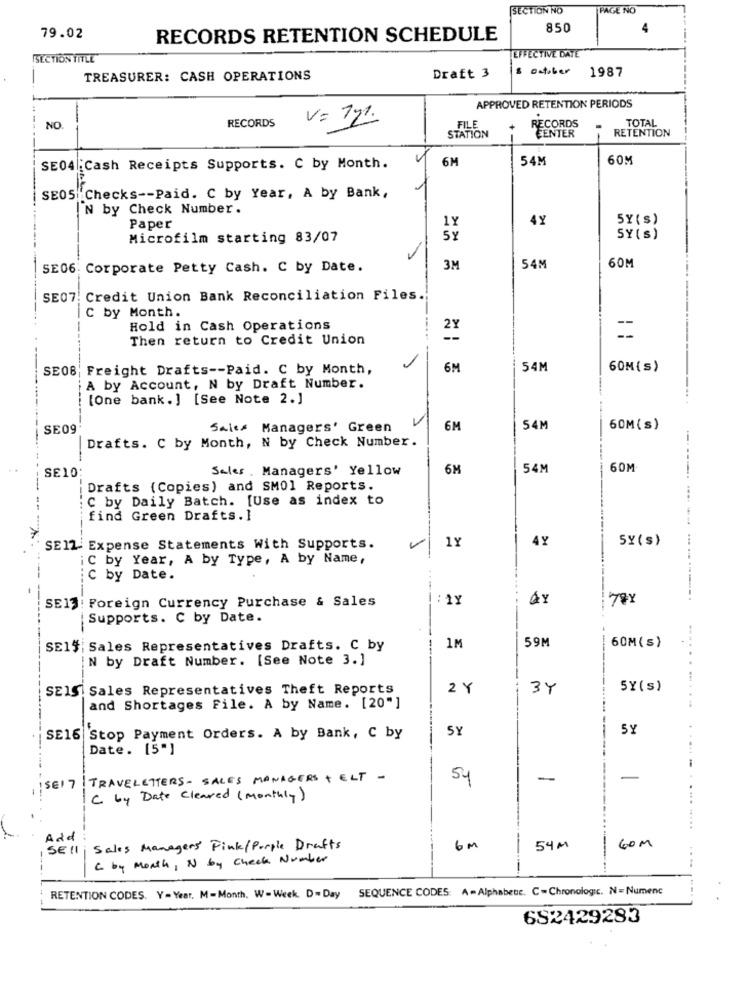
SECTION NO
PAGE NO
850
79.02
RECORDS RETENTION SCHEDULE
SECTION TITLE
EFFECTIVE DATE
october
1987
TREASURER: CASH OPERATIONS
Draft 3
APPROVED RETENTION PERIODS
RECORDS
V= 121.
FILE
RECORDS
TOTAL
NO.
CENTER
RETENTION
STATION
6M
54M
60M
SE04| Cash Receipts Supports. C by Month.
SE05 Checks -- Paid. C by Year, A by Bank,
IN by Check Number.
4Y
5Y(s)
Paper
1Y
Microfilm starting 83/07
5Y
SY(s)
60M
SE06: Corporate Petty Cash. C by Date.
3M
54M
SE07. Credit Union Bank Reconciliation Files.
C by Month.
Hold in Cash Operations
Then return to Credit Union
SE08| Freight Drafts -- Paid. C by Month,
6M
54M
60M(s)
A by Account, N by Draft Number.
[One bank.] [See Note 2.]
SE09
Sales Managers' Green
6M
54M
60M(s)
Drafts. C by Month, N by Check Number.
SE10:
Sales Managers' Yellow
6M
54M
60M
Drafts (Copies) and SM01 Reports.
C by Daily Batch. [Use as index to
...
find Green Drafts.]
4Y
SY(s)
SEIL Expense Statements With Supports.
1Y
C by Year, A by Type, A by Name,
C by Date.
SE13: Foreign Currency Purchase & Sales
: 1Y
Supports. C by Date.
59M
60M(s)
SE15: Sales Representatives Drafts. C by
1M
N by Draft Number. [See Note 3.]
SEIS Sales Representatives Theft Reports
2 Y
34
5Y(s)
and Shortages File. A by Name. [20"]
SY
5Y
SE16 Stop Payment Orders. A by Bank, C by
Date. [5"]
TRAVELETTERS - SALES MANAGERS + ELT -
54
-
-
15E1 7
C by Date Cleared (monthly)
Add
SE !!
Sales Managers' Pink/Porple Drafts
6m
54 M
60 M
C by Month, N by Check Number
.-
---
RETENTION CODES. Y = Year, M-Month, W-Week. D- Day SEQUENCE CODES: A=Alphabetc. C-Chronologic. N= Numenc
682429283